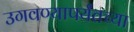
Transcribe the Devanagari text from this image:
उगवण्यापर्यंतच्या